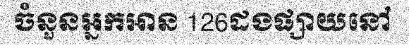
ចំនួនអ្នកអាន 126ដងផ្សាយនៅ